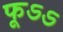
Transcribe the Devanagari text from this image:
फूऽऽ